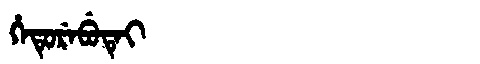
Manchu: ᡥᡝᡨᡠᡵᡝᠪᡠᡨᡝᡳ
Romanization: HETUREBUTEI